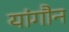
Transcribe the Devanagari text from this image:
यांगौन